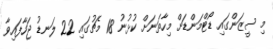
މި ސީޒަންގައި ޑޯޓްމަންޑަށް މިހާތަނަށް ކުޅުނު 18 މެޗުގައި 22 ލަނޑު ޖަހާފައިވާ